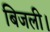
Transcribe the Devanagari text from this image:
बिजली।